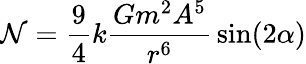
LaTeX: \mathcal{N}={\frac{{9}}{{4}}}k{\frac{{Gm^{2}A^{5}}}{{r^{6}}}}\sin(2\alpha)